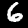
Label: 6